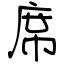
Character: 席